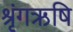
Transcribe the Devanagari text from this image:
श्रृंगऋषि